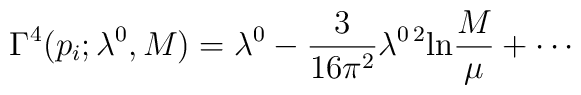
\Gamma^4(p_i;\lambda^0,M) = \lambda^0 - \frac{3}{16 \pi^2} \lambda^{0 \, 2} \mbox{ln} \frac{M}{\mu} + \cdots